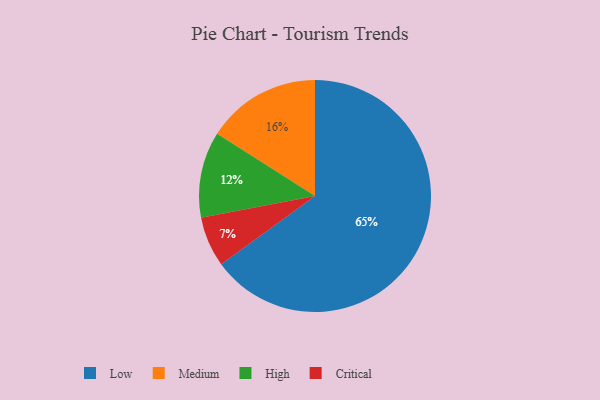
{"axis": {"x": "Category", "y": "Percentage"}, "legend": ["Critical", "High", "Low", "Medium"], "data": [{"x": "Critical", "y": 7, "type": "Critical"}, {"x": "High", "y": 12, "type": "High"}, {"x": "Medium", "y": 16, "type": "Medium"}, {"x": "Low", "y": 65, "type": "Low"}]}